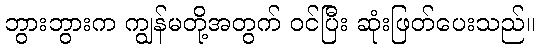
ဘွားဘွားက ကျွန်မတို့အတွက် ဝင်ပြီး ဆုံးဖြတ်ပေးသည်။